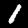
Digit: 1